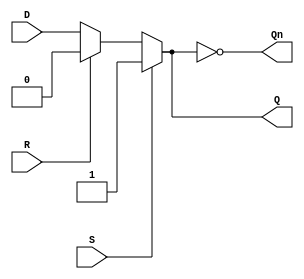
module async_register (
    input wire D,      // Data input
    input wire S,      // Set control signal
    input wire R,      // Reset control signal
    output reg Q,      // Output
    output wire Qn     // Inverted output
);

    // Inverted output
    assign Qn = ~Q;

    // Always block for asynchronous behavior
    always @(*) begin
        if (S) begin
            Q = 1'b1;  // Set state
        end else if (R) begin
            Q = 1'b0;  // Reset state
        end else begin
            Q = D;      // Hold state
        end
    end

endmodule